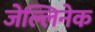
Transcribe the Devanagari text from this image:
जेल्लिनेक